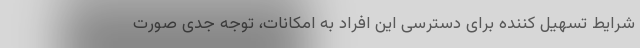
شرایط تسهیل کننده برای دسترسی این افراد به امکانات، توجه جدی صورت